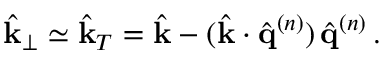
\hat { { \bf k } } _ { \perp } \simeq \hat { { \bf k } } _ { T } = \hat { { \bf k } } - ( \hat { { \bf k } } \cdot \hat { { \bf q } } ^ { ( n ) } ) \, \hat { { \bf q } } ^ { ( n ) } \, .